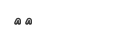
٣٥